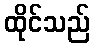
ထိုင်သည်